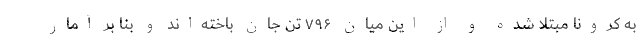
به کرونا مبتلا شده و از این میان ۷۹۶ تن جان باخته‌اند و بنا بر آمار